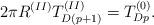
LaTeX: \begin{align*}2\pi R^{(II)}T^{(II)}_{D(p+1)}=T^{(0)}_{Dp}.\end{align*}